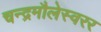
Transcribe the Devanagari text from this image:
चन्द्रमौलेस्वरर